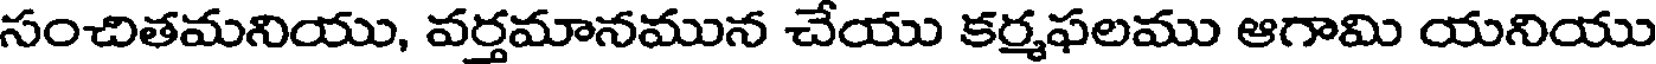
సంచితమనియు, వర్తమానమున చేయు కర్మఫలము ఆగామి యనియు